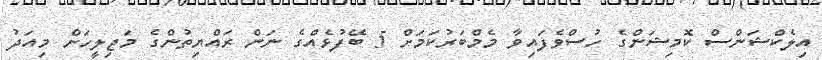
އިލެކްޝަންސް ކޮމިޝަންގެ ހުސްވެފައިވާ މެމްބަރުކަމަށް 5 ބޭފުޅެއްގެ ނަން ރައްޔިތުންގެ މަޖިލީހަށް މިއަދު